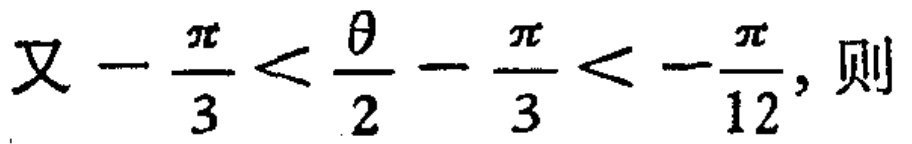
又\(-\frac{\pi}{3}<\frac{\theta}{2}-\frac{\pi}{3}<-\frac{\pi}{12}\), 则